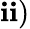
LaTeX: \mathbf{i}\mathbf{i})